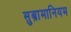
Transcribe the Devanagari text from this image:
सुब्रामानियम